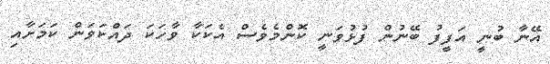
އޭނާ ބުނީ އަފީފު ބޭނުން ފުޅުވަނީ ކޮންމެވެސް އެކަކާ ވާހަކަ ދައްކަވަން ކަމަށާއި